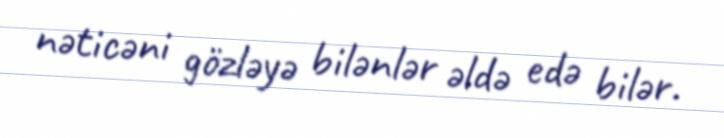
nəticəni gözləyə bilənlər əldə edə bilər.